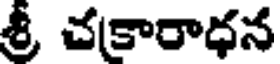
శ్రీ చకారాధన